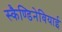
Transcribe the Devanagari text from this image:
स्कैण्डिनेवियाई